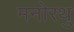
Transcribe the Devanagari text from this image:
मनोरथु